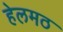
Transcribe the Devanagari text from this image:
हेलमठ